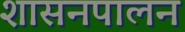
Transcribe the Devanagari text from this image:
शासनपालन